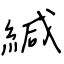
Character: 緘